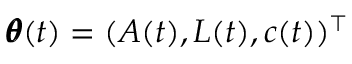
\pmb \theta ( t ) = ( A ( t ) , L ( t ) , c ( t ) ) ^ { \top }